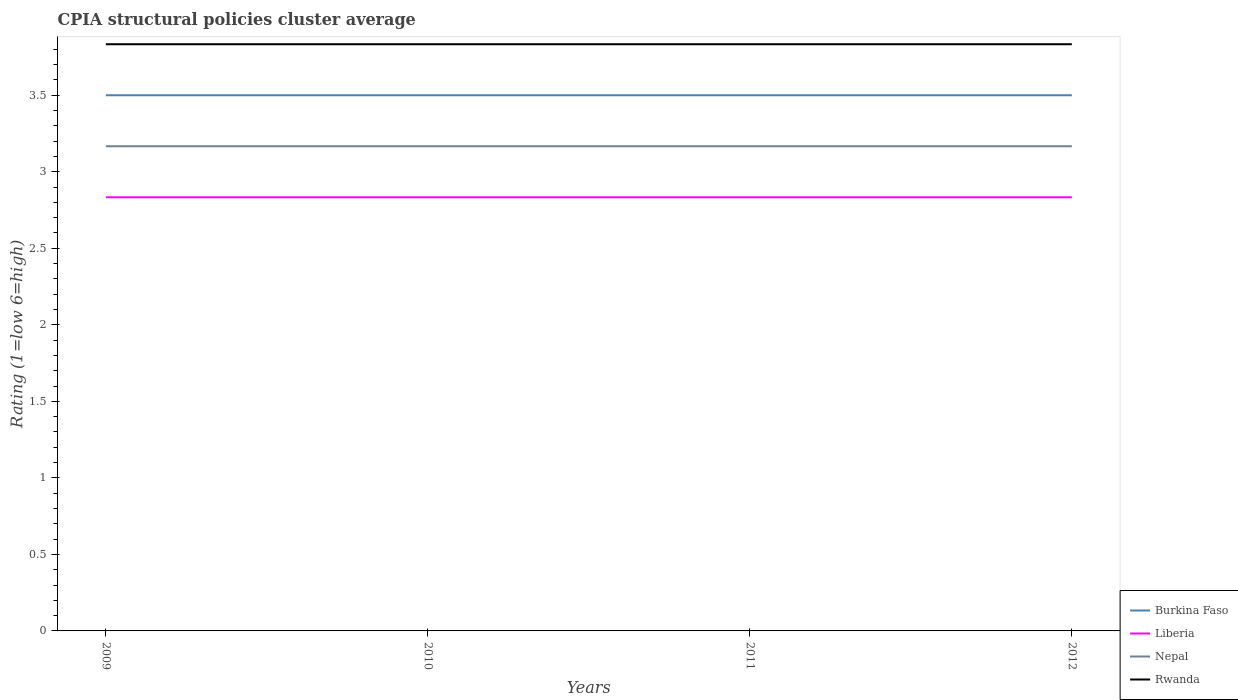
| Years | Burkina Faso | Liberia | Nepal | Rwanda |
 | --- | --- | --- | --- | --- |
 | 2009 | 3.5 | 2.83 | 3.17 | 3.83 |
 | 2010 | 3.5 | 2.83 | 3.17 | 3.83 |
 | 2011 | 3.5 | 2.83 | 3.17 | 3.83 |
 | 2012 | 3.5 | 2.83 | 3.17 | 3.83 |